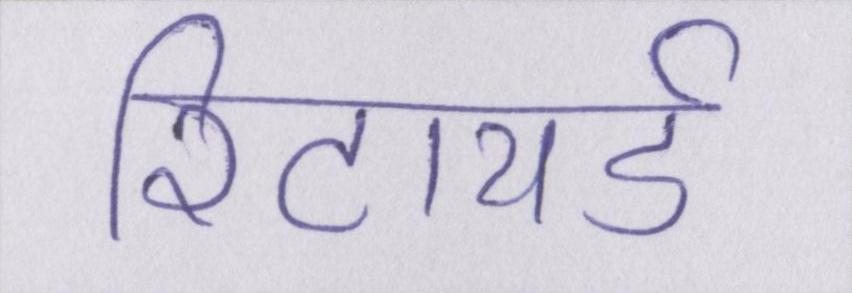
रिटायर्ड